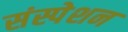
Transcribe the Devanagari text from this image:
संस्पेशन